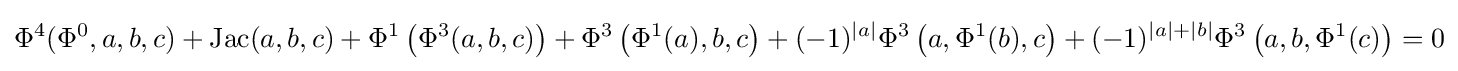
\Phi ^{4}(\Phi ^{0},a,b,c)+{\rm {Jac}}(a,b,c)+\Phi ^{1}\left(\Phi ^{3}(a,b,c)\right)+\Phi ^{3}\left(\Phi ^{1}(a),b,c\right)+(-1)^{\left|a\right|}\Phi ^{3}\left(a,\Phi ^{1}(b),c\right)+(-1)^{\left|a\right|+\left|b\right|}\Phi ^{3}\left(a,b,\Phi ^{1}(c)\right)=0